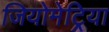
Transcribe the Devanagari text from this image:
जियोमेट्रिया